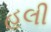
હલી